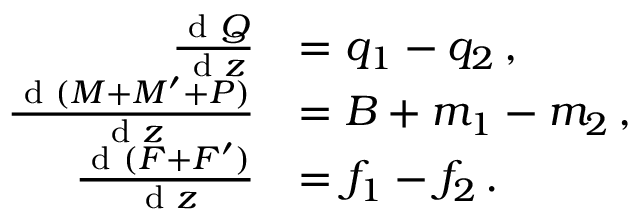
\begin{array} { r l } { \frac { \textnormal { d } Q } { \textnormal { d } z } } & { = q _ { 1 } - q _ { 2 } \, , } \\ { \frac { \textnormal { d } ( M + M ^ { \prime } + P ) } { \textnormal { d } z } } & { = B + m _ { 1 } - m _ { 2 } \, , } \\ { \frac { \textnormal { d } ( F + F ^ { \prime } ) } { \textnormal { d } z } } & { = f _ { 1 } - f _ { 2 } \, . } \end{array}